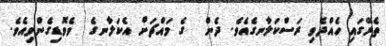
ތެރޭގައި ހެއްދެވި ރަސްކަލާނގެއެވެ. ދެން  ގެ މައްޗަށް އެކަލާނގެ  ވެވޮޑިގެންވިއެވެ.